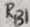
Text: RB1